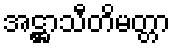
အဋ္ဌာသီတိမတ္တာ